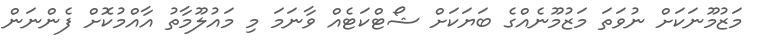
މަޒުމޫނަކަށް ނުވަތަ މަޒުމޫނެއްގެ ބަޔަކަށް ޝޯޓްކަޓެއް ވާނަމަ މި މައުލޫމާތު އާއްމުކޮށް ފެންނަން